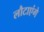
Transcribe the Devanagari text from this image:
लौटाएंगे